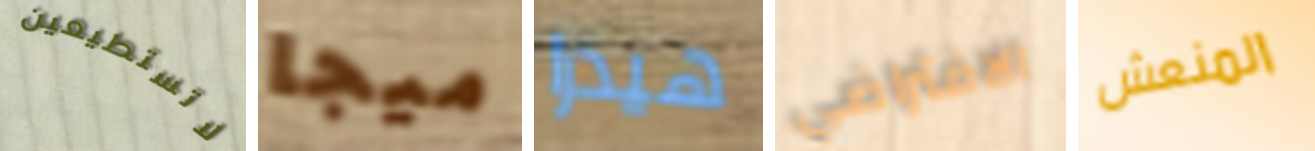
لاتستطيعين ميجا هيدرا الافتراضي المنعش